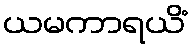
ယမကာရယိံ